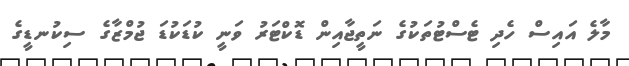
މާލެ އައިސް ހެދި ޓެސްޓުތަކުގެ ނަތީޖާއިން ޑޮކްޓަރު ވަނީ ކުޑަކުޑަ ޖުމްޒާގެ ސިކުނޑީގެ